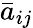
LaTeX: \bar{a}_{ij}